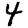
Digit: 4